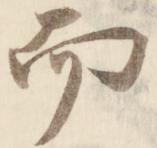
而